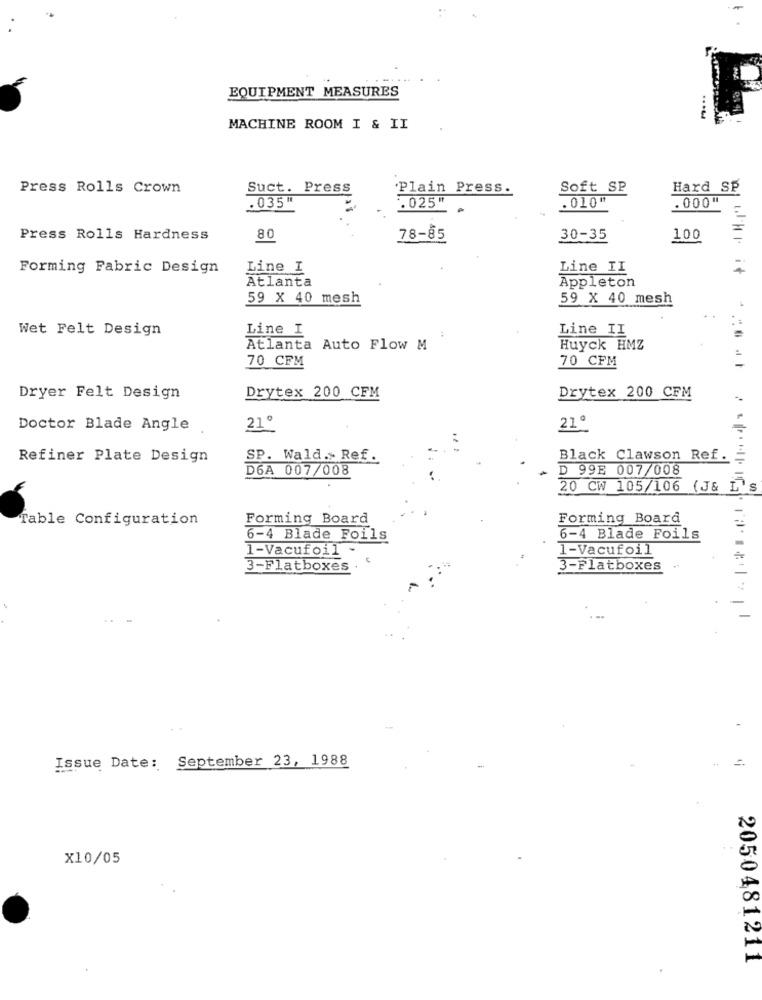
EQUIPMENT MEASURES
MACHINE ROOM I & II
Press Rolls Crown
Suct. Press
Plain Press.
Soft SP
Hard SP
. 035 "
'.025"
. 010"
. 000"
Press Rolls Hardness
80
78-85
30-35
100
Forming Fabric Design
Line I
Line II
it
Atlanta
Appleton
59 X 40 mesh
59 X 40 mesh
Wet Felt Design
Line I
Line II
Atlanta Auto Flow M
Huyck HMZ
70 CFM
70 CFM
Drytex 200 CFM
Dryer Felt Design
Drytex 200 CFM
Doctor Blade Angle
21º
21º
Refiner Plate Design
SP. Wald .. Ref .
Black Clawson Ref.
D6A 007/008
D 99E 007/008
20 CW 105/106 (J& L'
Table Configuration
Forming Board
Forming Board
6-4 Blade Foils
6-4 Blade Foils
1-Vacufoil
1-Vacufoil
3-Flatboxes
3-Flatboxes
. .
Issue Date: September 23, 1988
X10/05
2050481211